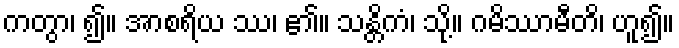
ကတွာ၊ ၍။ အာစရိယ ဿ၊ ၏။ သန္တိကံ၊ သို့။ ဂမိဿာမီတိ၊ ဟူ၍။